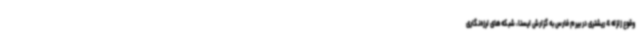
وقوع زلزله 4 ریشتری در بیرم فارس به گزارش ایسنا، شبکه‌های لرزه‌نگاری